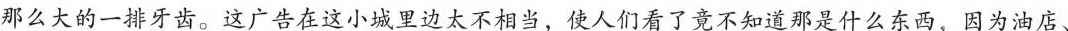
那么大的一排牙齿。这广告在这小城里边无奈太不相当，使人们看了竟不知道那是什么东西，因为油店、